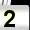
Digit: 2